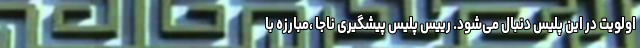
اولویت در این پلیس دنبال می‌شود. رییس پلیس پیشگیری ناجا ،مبارزه با